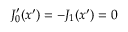
J _ { 0 } ^ { \prime } ( x ^ { \prime } ) = - J _ { 1 } ( x ^ { \prime } ) = 0